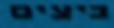
ביצים